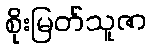
စိုးမြတ်သူဇာ